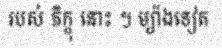
របស់ ភិក្ខុ នោះ ។ ម្យ៉ាងទៀត